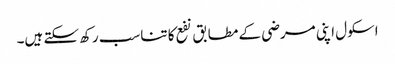
اسکول اپنی مرضی کے مطابق نفع کا تناسب رکھ سکتے ہیں۔